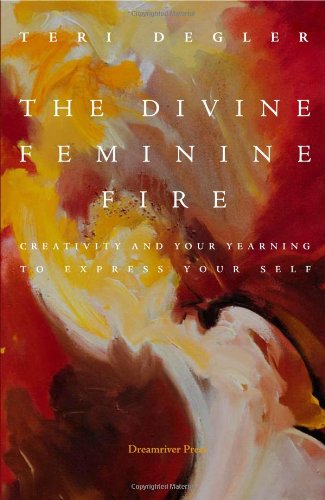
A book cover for The Divine Feminine Fire: Creativity and Your Yearning to Express Your Self; Teri Degler; Religion & Spirituality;